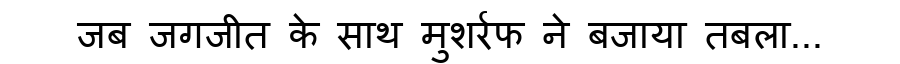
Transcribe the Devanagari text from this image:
जब जगजीत के साथ मुशर्रफ ने बजाया तबला...